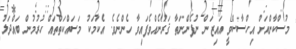
މުސްކާންއަށް އިހްސާސްވީ އައިޒަން ނުފެންނަތާ ޤަރުނެއްވެފައިވާ ހެންނެވެ. އެކަމަކު މަސައްކަތްތައް ހުރުމުން ބައްދަލު